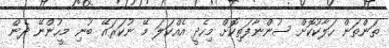
ތަންތަން ހަލާކުކޮށް ސުންނާފަތިކޮށް މިހެދީ އެއްކަލަ މޭ ނުކަރައޭ ބުނި މީހުންނޭ ދެން